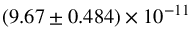
( 9 . 6 7 \pm 0 . 4 8 4 ) \times 1 0 ^ { - 1 1 }